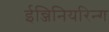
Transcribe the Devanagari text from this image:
ईन्जिनियरिन्ग